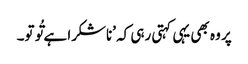
پر وہ بھی یہی کہتی رہی کہ ’ناشکرا ہے تُو تو۔